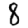
Digit: 8